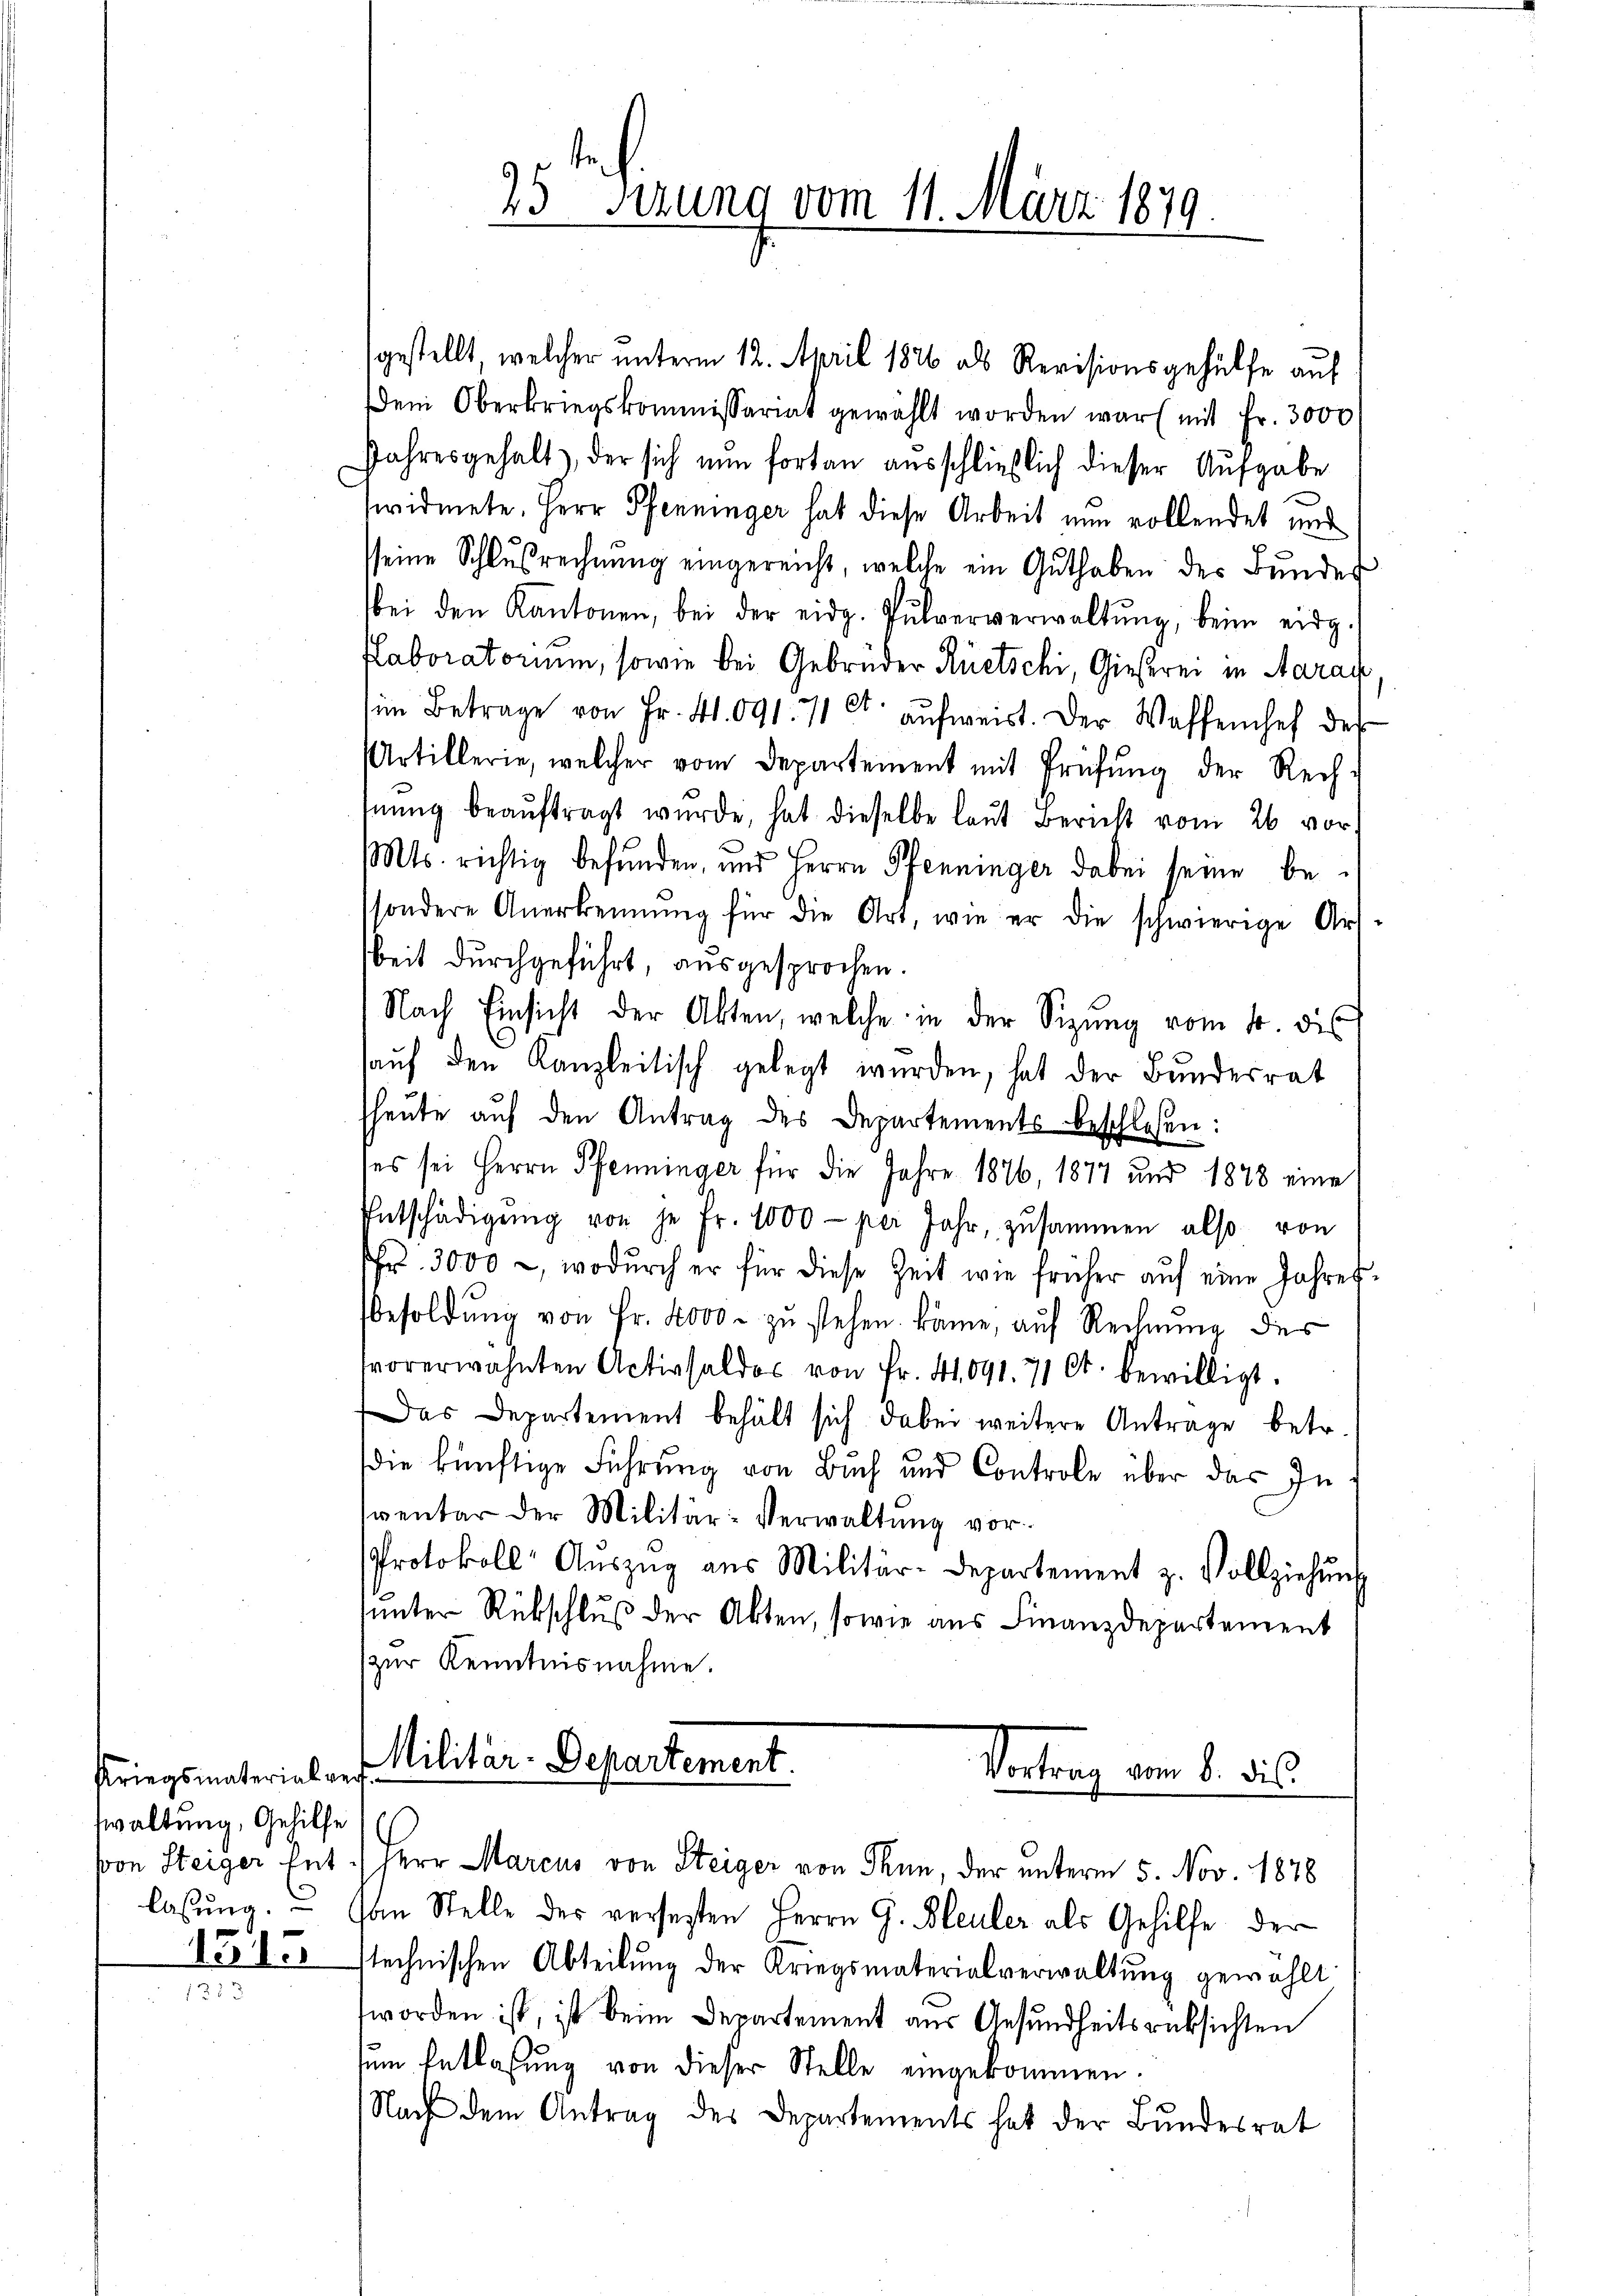
Kriegsmaterial ver
waltung, Gehilfe
1515

1253

25 sezung vom 11. März 1879.

gestellt, welcher unterm 12. April 1826 als Revisionsgehülfe auf
Dem Oberkriegskommissariat gewählt worden war mit Fr. 3000
Jahresgehalt, der sich nun fortan ausschließlich dieser Aufgabe
widmete. Herr Pfenninger hat diese Arbeit nun vollendet und
sseine Schlußrechnung eingereicht, welche ein Guthaben des Bundes
bei den Kantonen, bei der eidg. Pulververwaltŭng, beim eidg.
aboratorium, sowie bei Gebrüder Rüetschi, Gießrei in Aarau
im Betrage von Fr. 4. 091. 71 Ct. aufweist. Der Waffenhef der
Artillerie, welcher vom Departement mit Prüfŭng der Rech-
Inŭng beaŭftragt wurde, hat dieselbe laut Bericht vom 26 vor
Mts. richtig befunden, und Herrn Pfenninger dabei seine besondere Anerkennung für die Art, wie er die schwierige Ars-
beit durchgeführt, ausgesprochen.
Nach Einsicht der Akten, welche in der Sitzŭng vom 10. dis
auf den Kanzleitisch gelegt wurden, hat der Bundesrat
heute auf den Antrag des Departements beschlossen:
ses sei Herrn Pfenninger für die Jahre 1876, 1877 und 1878 eine
Entschädigŭng von je Fr. 1000 per Jahr, zusammen also von
Fr. 3000 -, wodurch er für diese Zeit wie früher aŭf eine Jahres¬
Besoldung von Fr. 4000 - zu stehen. käme, auf Rechnung des
vorerwähnten Activsaldos von Fr. 41. 091. 71 Ct. bewilligt.
Das Departement behält sich dabei weitere Antrage betr.
die künftige Führung von Buch und Controle über das In
sventar der Militär-Verwaltung vor.
Protokoll Aŭszŭg aŭs Militär-Departement z. Vollziehŭng
ŭnter Rückschlŭβ der Akten, sowie aus Finanzdepartement
zur Kenntnisnahme.
Militär-Departement.

Vortrag vom 8. dis
von Steiger Ent.) Herr Marcus von Steiger von Thun, der unterm 5. Nov. 1878

lassung. Von Stelle des versetzten Herrn G. Bleuler als Gehilfe der
stechnischen Abteilung der Kriegsmaterialverwaltung gewählt
worden ist, ist beim Departement aus Gesundheitsrücksichten
sum Entlaßung von dieser Stelle eingekommen.
Nach dem Antrag des Departements hat der Bundesrat